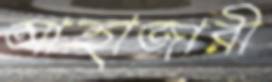
আহাজারী